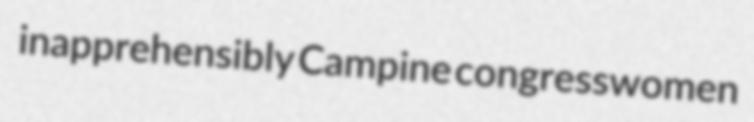
inapprehensibly Campine congresswomen